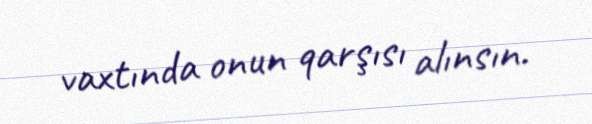
vaxtında onun qarşısı alınsın.